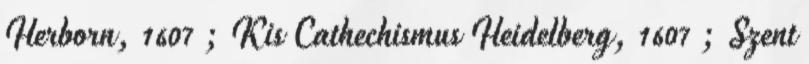
Herborn, 1607 ; Kis Cathechismus Heidelberg, 1607 ; Szent